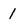
Character: 1